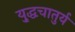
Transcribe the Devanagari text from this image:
यु्द्धचातुर्य